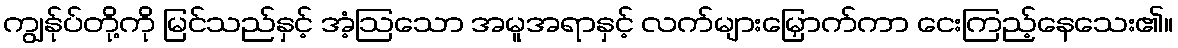
ကျွန်ုပ်တို့ကို မြင်သည်နှင့် အံ့ဩသော အမူအရာနှင့် လက်များမြှောက်ကာ ငေးကြည့်နေသေး၏။